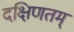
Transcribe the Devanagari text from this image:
दक्षिणतम्